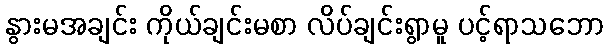
နွားမအချင်း ကိုယ်ချင်းမစာ လိပ်ချင်းရွာမူ ပင့်ရာသဘော